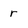
Character: r